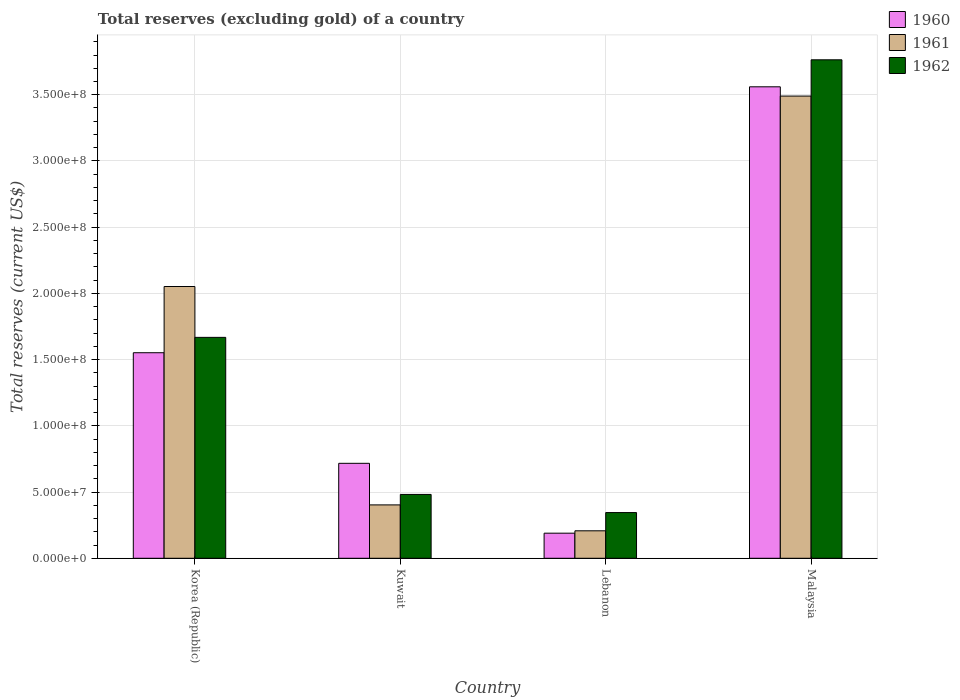
| Country | 1960 | 1961 | 1962 |
 | --- | --- | --- | --- |
 | Korea (Republic) | 1.55e+08 | 2.05e+08 | 1.67e+08 |
 | Kuwait | 7.17e+07 | 4.03e+07 | 4.82e+07 |
 | Lebanon | 1.89e+07 | 2.07e+07 | 3.45e+07 |
 | Malaysia | 3.56e+08 | 3.49e+08 | 3.76e+08 |